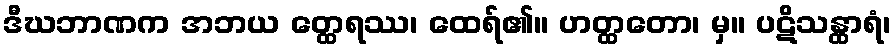
ဒီဃဘာဏက အဘယ တ္ထေရဿ၊ ထေရ်၏။ ဟတ္ထတော၊ မှ။ ပဋိသန္ထာရံ၊